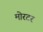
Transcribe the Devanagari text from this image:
मोरटर